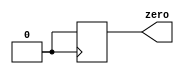
module top_module (
  output reg zero
);

  always @(posedge clk) begin
    zero <= 0;
  end

endmodule